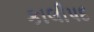
કાલીપદ